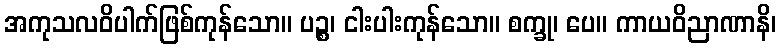
အကုသလဝိပါက်ဖြစ်ကုန်သော။ ပဉ္စ၊ ငါးပါးကုန်သော။ စက္ခု၊ ပေ။ ကာယဝိညာဏာနိ၊